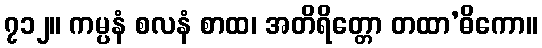
၇၁၂။ ကမ္ပနံ စလနံ စာထ၊ အတိရိတ္တော တထာ’ဓိကော။